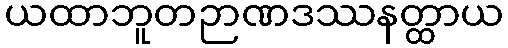
ယထာဘူတဉာဏဒဿနတ္ထာယ